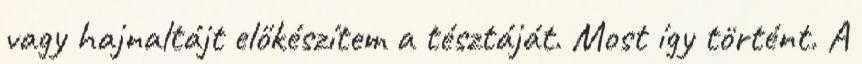
vagy hajnaltájt előkészítem a tésztáját. Most így történt. A